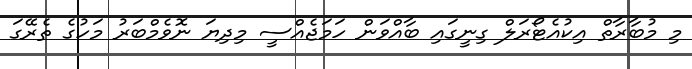
މި މުބާރާތް އިކުއެޓޯރަލް ގިނީގައި ބާއްވަން ހަމަޖެއްސީ މިދިޔަ ނޮވެމްބަރު މަހުގެ ތެރޭގަ